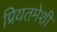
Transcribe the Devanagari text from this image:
प्रियतमेशी